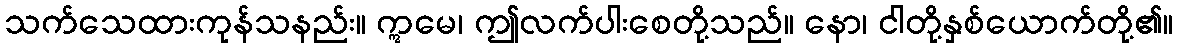
သက်သေထားကုန်သနည်း။ ဣမေ၊ ဤလက်ပါးစေတို့သည်။ နော၊ ငါတို့နှစ်ယောက်တို့၏။